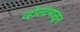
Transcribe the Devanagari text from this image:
व्होल्टपासून